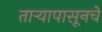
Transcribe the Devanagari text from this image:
ताऱ्यापासूनचे